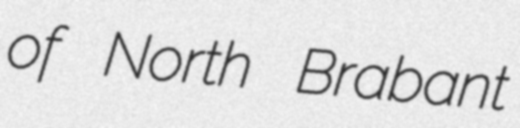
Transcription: of North Brabant